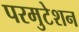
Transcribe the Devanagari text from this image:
परमुटेशन